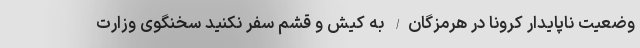
وضعیت ناپایدار کرونا در هرمزگان/ به کیش و قشم سفر نکنید سخنگوی وزارت